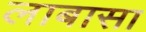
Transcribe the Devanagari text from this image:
लाबासा